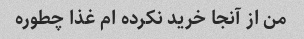
من از آنجا خرید نکرده ام غذا چطوره